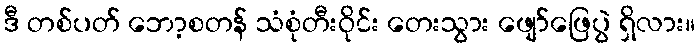
ဒီ တစ်ပတ် ဘော့စတန် သံစုံတီးဝိုင်း တေးသွား ဖျော်ဖြေပွဲ ရှိလား။